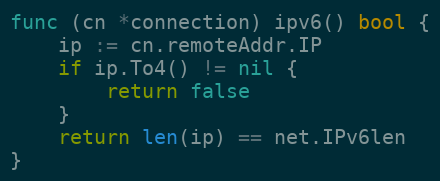
Language: Go
func (cn *connection) ipv6() bool {
	ip := cn.remoteAddr.IP
	if ip.To4() != nil {
		return false
	}
	return len(ip) == net.IPv6len
}